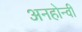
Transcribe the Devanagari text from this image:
अनहोन्‍वी